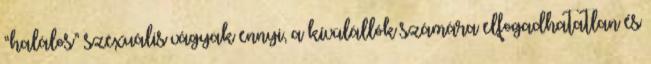
“halálos” szexuális vágyak ennyi, a kívülállók számára elfogadhatatlan és